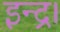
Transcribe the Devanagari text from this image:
इन्द्र।